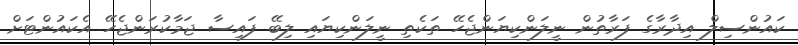
ކައުންސިލް އިދާރާގެ ފަރާތުން ނީލަންކިޔަންޖެހޭ ތަކެތި ނީލަންކިޔައި ލިބޭ ފައިސާ ޖަމާކުރަންޖެހޭ އެކައުންޓަށް